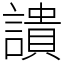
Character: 䜋